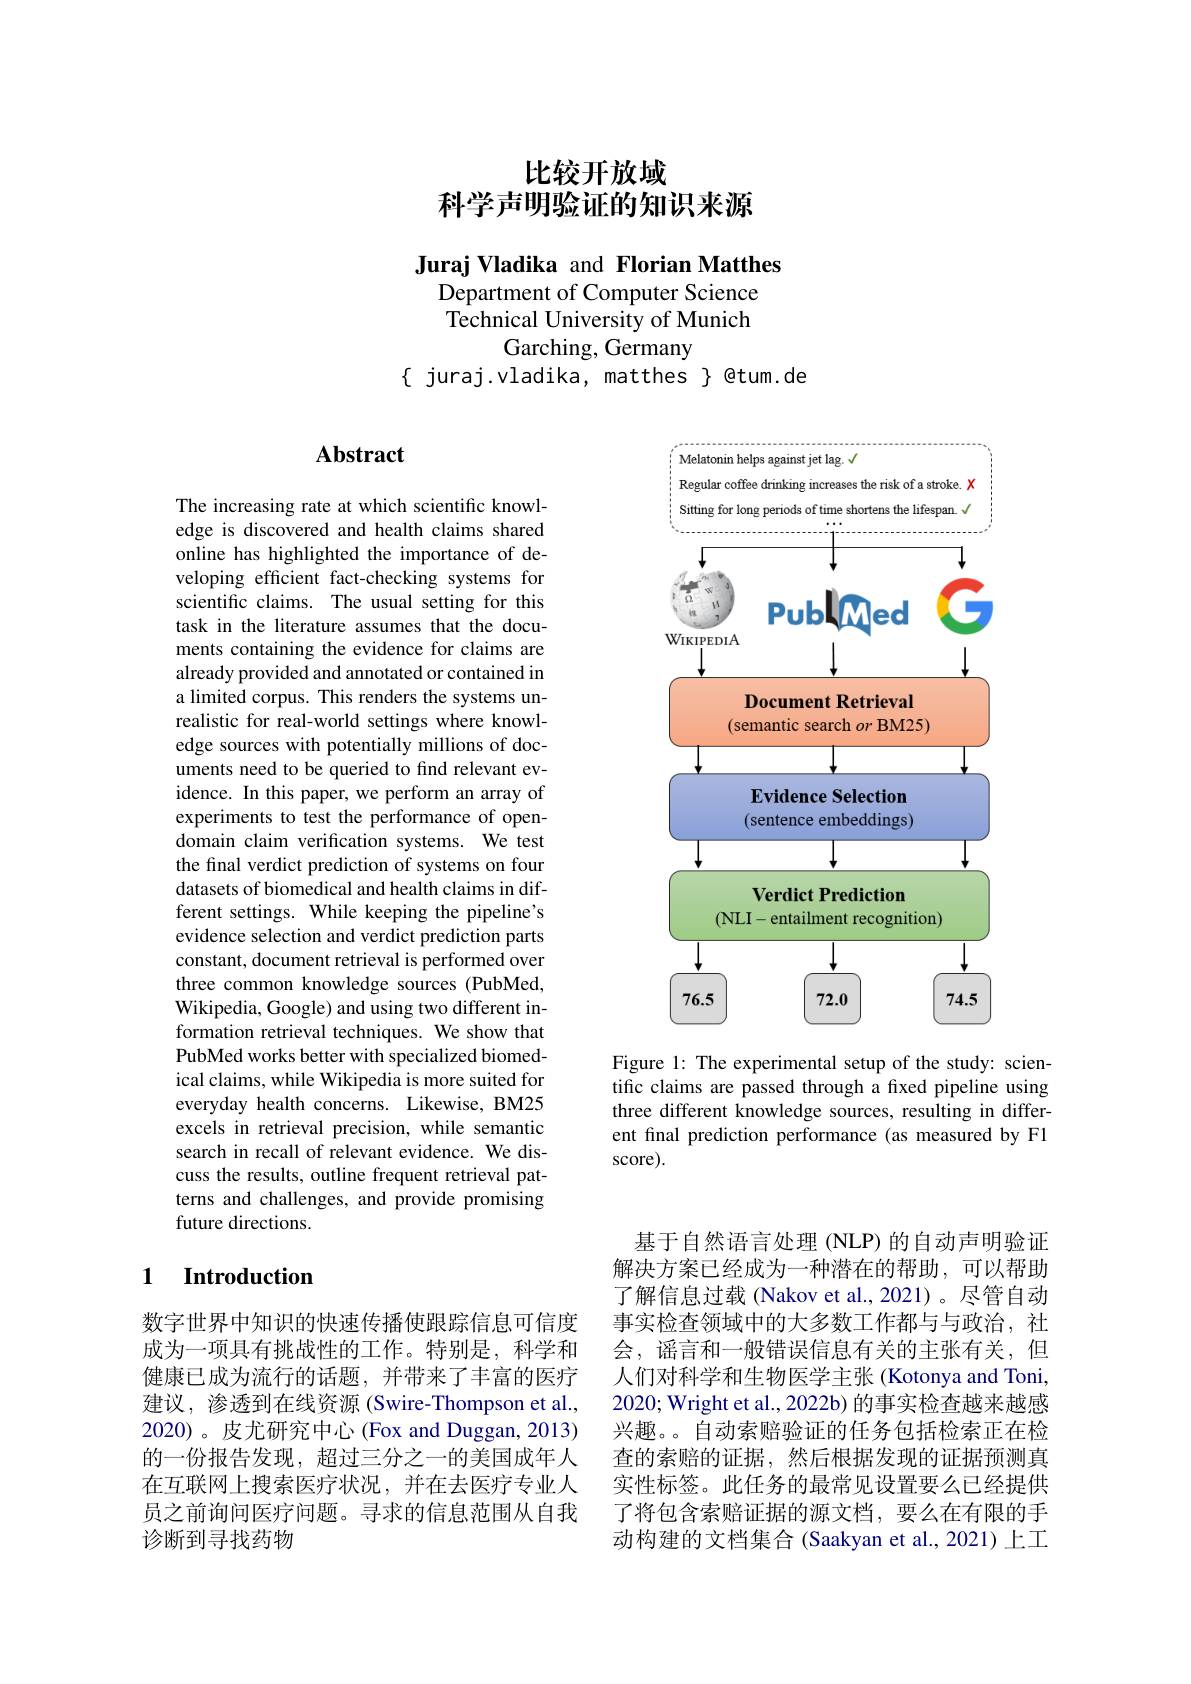
# 比较开放域科学声明验证的知识来源

Juraj Vladika and Florian Matthes
Department of Computer Science Technical University of Munich
Garching, Germany
$\{$ juraj.vladika, matthes $\}$ @tum.de

## $\mathbf{Abstract}$

The increasing rate at which scientific knowledge is discovered and health claims shared online has highlighted the importance of developing efficient fact-checking systems for scientific claims. The usual setting for this task in the literature assumes that the documents containing the evidence for claims are already provided and annotated or contained in a limited corpus. This renders the systems unrealistic for real-world settings where knowledge sources with potentially millions of documents need to be queried to find relevant evidence. In this paper, we perform an array of experiments to test the performance of opendomain claim verification systems. We test the final verdict prediction of systems on four datasets of biomedical and health claims in different settings. While keeping the pipeline's evidence selection and verdict prediction parts constant, document retrieval is performed over three common knowledge sources (PubMed, Wikipedia, Google) and using two different information retrieval techniques. We show that PubMed works better with specialized biomedical claims, while Wikipedia is more suited for everyday health concerns. Likewise, BM25 excels in retrieval precision, while semantic search in recall of relevant evidence. We discuss the results, outline frequent retrieval patterns and challenges, and provide promising future directions.

## 1 Introduction

数字世界中知识的快速传播使跟踪信息可信度成为一项具有挑战性的工作。特别是，科学和健康已成为流行的话题，并带来了丰富的医疗建议，渗透到在线资源(Swire-Thompson et al., 2020)。皮尤研究中心(Fox and Duggan, 2013) 的一份报告发现，超过三分之一的美国成年人在互联网上搜索医疗状况，并在去医疗专业人员之前询问医疗问题。寻求的信息范围从自我诊断到寻找药物

<FigureHere>

Figure 1: The experimental setup of the study: scientific claims are passed through a fixed pipeline using three different knowledge sources, resulting in different final prediction performance (as measured by F1 score).

基于自然语言处理 (NLP) 的自动声明验证解决方案已经成为一种潜在的帮助，可以帮助了解信息过载 (Nakov et al., 2021)。尽管自动事实检查领域中的大多数工作都与与政治，社会，谣言和一般错误信息有关的主张有关，但人们对科学和生物医学主张 (Kotonya and Toni, 2020; Wright et al., 2022b) 的事实检查越来越感兴趣。自动索赔验证的任务包括检索正在检查的索赔的证据，然后根据发现的证据预测真实性标签。此任务的最常见设置要么已经提供了将包含索赔证据的源文档，要么在有限的手动构建的文档集合(Saakyan et al.,2021)上工